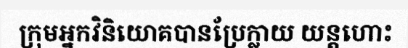
ក្រុមអ្នកវិនិយោគបានប្រែក្លាយ យន្តហោះ